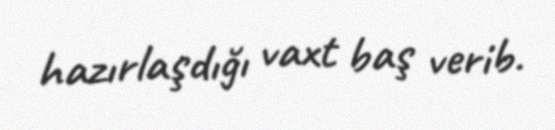
hazırlaşdığı vaxt baş verib.